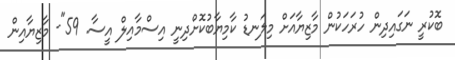
ބޮކުރީ ނަގައިދިން ހުރަހަކުން މާޒިޔާއަށް މިލަނޑު ކާމިޔާބުކޮށްދިނީ އިސްމާއިލް އީސާ. 59"- މާޒިޔާއިން